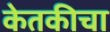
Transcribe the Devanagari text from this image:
केतकीचा